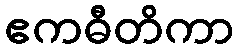
ဧကဓီတိကာ